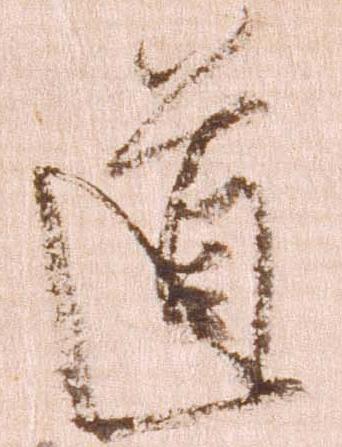
道